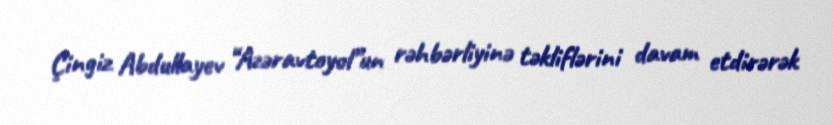
Çingiz Abdullayev “Azəravtoyol”un rəhbərliyinə təkliflərini davam etdirərək